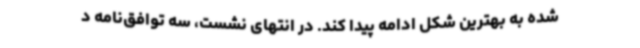
شده به بهترین شکل ادامه پیدا کند. در انتهای نشست، سه توافق‌نامه د